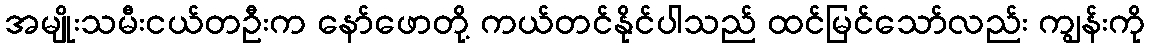
အမျိုးသမီးငယ်တဦးက နော်ဖောတို့ ကယ်တင်နိုင်ပါသည် ထင်မြင်သော်လည်း ကျွန်းကို